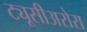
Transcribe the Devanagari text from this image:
ट्यूसीअरोरा